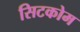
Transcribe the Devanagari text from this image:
सिटकोम